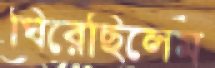
ঘিরেছিলেম